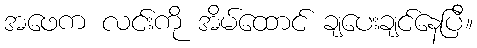
အဖေက လင်းကို အိမ်ထောင် ချပေးချင်နေပြီ။